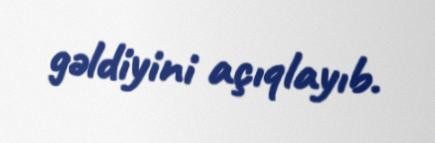
gəldiyini açıqlayıb.